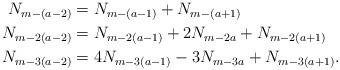
LaTeX: \begin{align*}N_{m-(a-2)}&=N_{m-(a-1)}+N_{m-(a+1)}\\N_{m-2(a-2)}&=N_{m-2(a-1)}+2N_{m-2a}+N_{m-2(a+1)}\\N_{m-3(a-2)}&=4N_{m-3(a-1)}-3N_{m-3a}+N_{m-3(a+1)}.\end{align*}